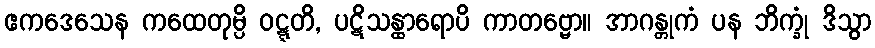
ဧကဒေသေန ကထေတုမ္ပိ ဝဋ္ဋတိ, ပဋိသန္ထာရောပိ ကာတဗ္ဗော။ အာဂန္တုကံ ပန ဘိက္ခုံ ဒိသွာ